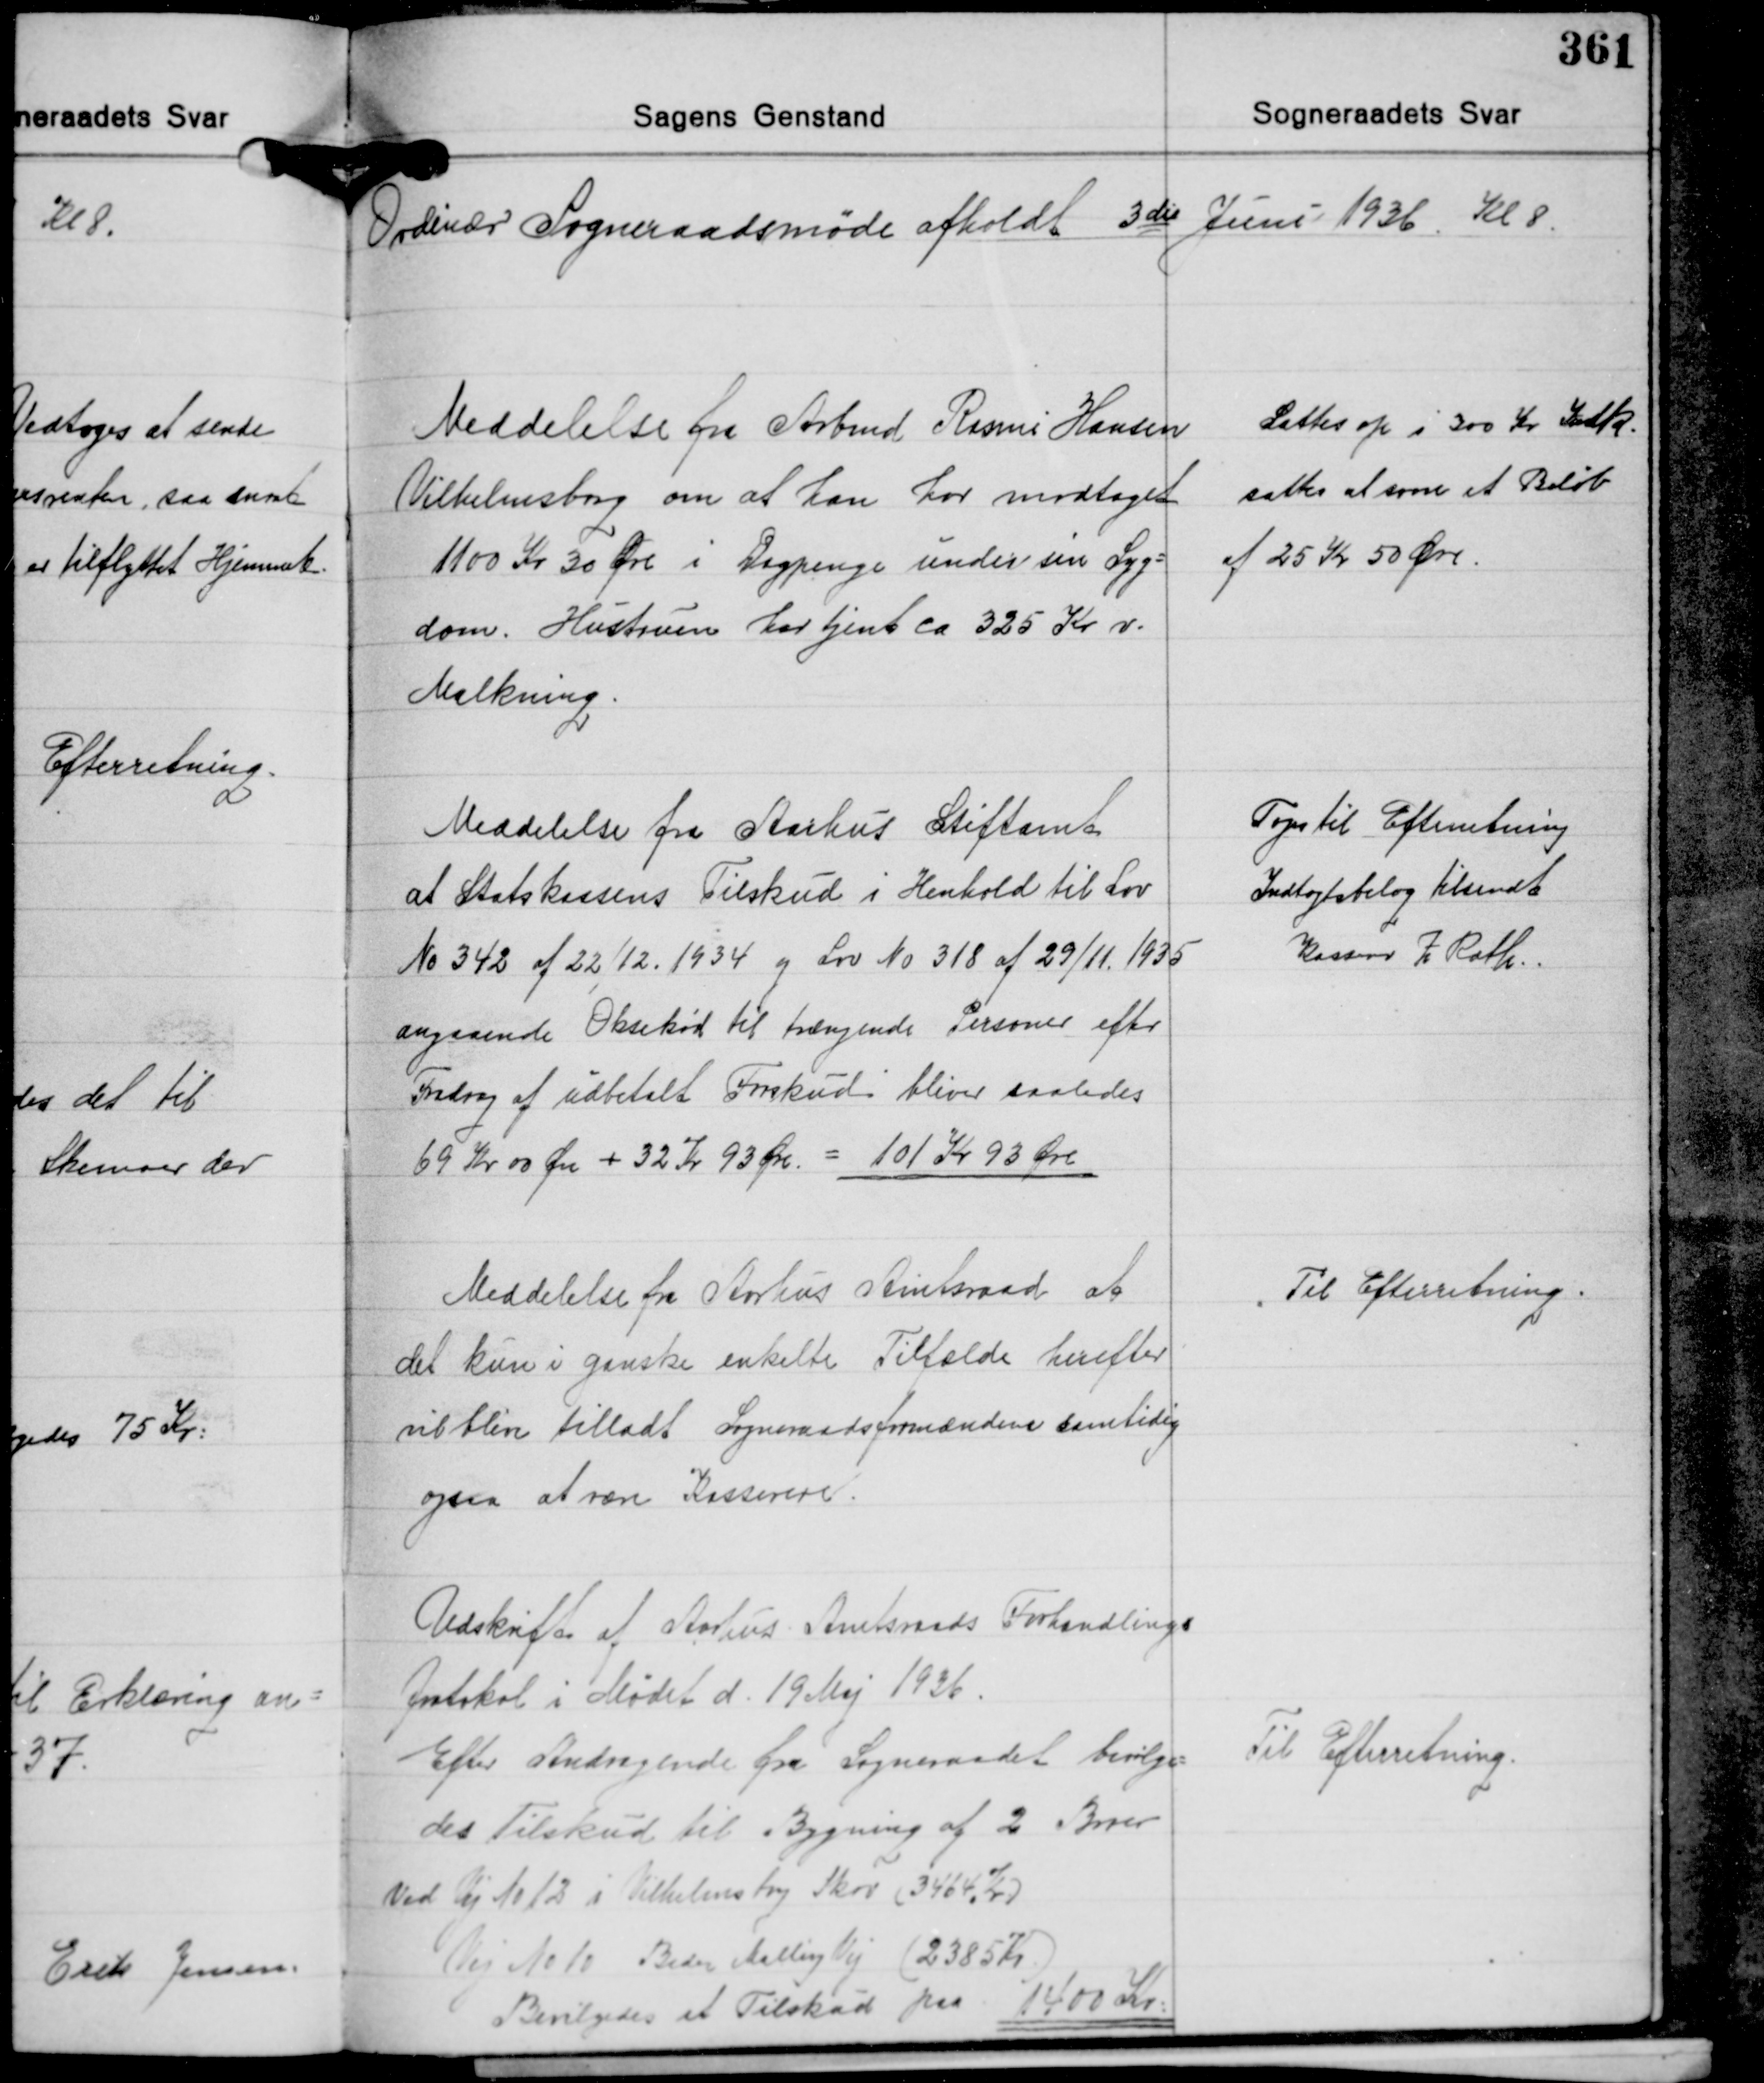
Transskription:
Odinær Sogneraadsmøde afholdt 3die Juni 1936 Kl 8.

Meddelelse fra Arbmd. Rasmus Hansen
Vilhelmsborg om at han har modtaget
1100 Kr. 30 Øre i Dagpenge under sin Syg-
dom. Hustruen har tjent ca 325 Kr v.
Malkning.

Sattes op i 300 Kr. Indk.
sattes at svare et Beløb
af 25 Kr. 50 Øre.

Meddelelse fra Aarhus Stiftamt
at Statskassens Tilskud i Henhold til Lov
No 342 af 22/12. 1934 og Lov No 318 af 29/11 1935
angaaende Oksekød til trængende Personer efter
Fradrag af udbetalt Forskud bliver saaledes
69 Kr. 00 Øre + 32 Kr. 93 Øre = 101 Kr. 93 Øre

Toges til Efterretning
Indtægtsbilag tilsendt
Kasserer Z. Rath.

Meddelelse fra Aarhus Amtsraad at
det kun i ganske enkelte Tilfælde herefter
vil blive tilladt Sogneraadsformændene samtidig
opsaa at være Kasserere.

Til Efterretning.

Udskrift af Aarhus Amtsraads Forhandlings-
protokol i Mødet d. 19 Maj 1936.
Efter Andragende fra Sogneraadet bevilge-
des Tilskud til Bygning af 2 Broer
Ved Vej No 12 i Vilhelmsborg Skov (3464 Kr.)
Vej No 10 Beder Malling Vej (2385 Kr.)
Bevilgedes et Tilskud paa 1400 Kr.

Til Efterretning.